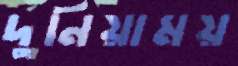
দুনিয়াময়